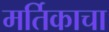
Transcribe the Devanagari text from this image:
मर्तिकाचा